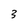
Character: 3